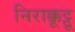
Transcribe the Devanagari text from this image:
निराक्कूट्टू